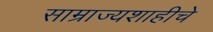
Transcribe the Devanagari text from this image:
साम्राज्यशाहीचे